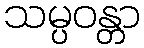
သမ္ပဝန္တာ